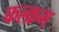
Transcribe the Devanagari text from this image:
फल्क्रम